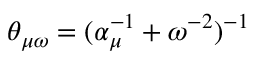
\theta _ { \mu \omega } = ( \alpha _ { \mu } ^ { - 1 } + \omega ^ { - 2 } ) ^ { - 1 }